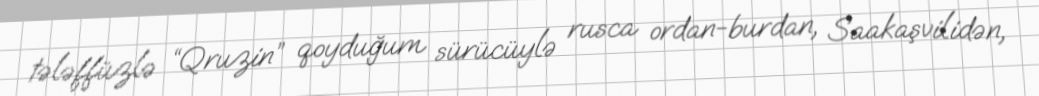
tələffüzlə “Qruzin” qoyduğum sürücüylə rusca ordan-burdan, Saakaşvilidən,